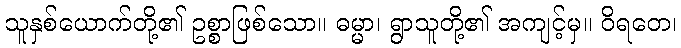
သူနှစ်ယောက်တို့၏ ဥစ္စာဖြစ်သော။ ဓမ္မာ၊ ရွာသူတို့၏ အကျင့်မှ။ ဝိရတေ၊